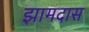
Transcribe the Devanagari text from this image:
झामदास